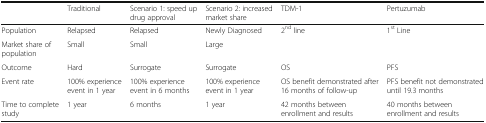
<table><thead><tr><td></td><td><b>Traditional</b></td><td><b>Scenario 1: speed up drug approval</b></td><td><b>Scenario 2: increased market share</b></td><td><b>TDM-1</b></td><td><b>Pertuzumab</b></td></tr></thead><tbody><tr><td>Population</td><td>Relapsed</td><td>Relapsed</td><td>Newly Diagnosed</td><td>2<sup>nd</sup> line</td><td>1<sup>st</sup> Line</td></tr><tr><td>Market share of population</td><td>Small</td><td>Small</td><td>Large</td><td></td><td></td></tr><tr><td>Outcome</td><td>Hard</td><td>Surrogate</td><td>Surrogate</td><td>OS</td><td>PFS</td></tr><tr><td>Event rate</td><td>100% experience event in 1 year</td><td>100% experience event in 6 months</td><td>100% experience event in 1 year</td><td>OS benefit demonstrated after 16 months of follow-up</td><td>PFS benefit not demonstrated until 19.3 months</td></tr><tr><td>Time to complete study</td><td>1 year</td><td>6 months</td><td>1 year</td><td>42 months between enrollment and results</td><td>40 months between enrollment and results</td></tr></tbody></table>